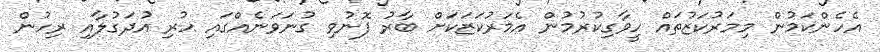
އެހެންކަމުން މިމަރުކަޒުތައް ހީވާގިކުރުމުން އެމަރުކަޒަކަށް ބާރު ފޮނުވި ގުނަވަނެއްގައި ހުރި އުދަގުލާއި ރިހުން